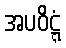
အပဝိဋ္ဋံ